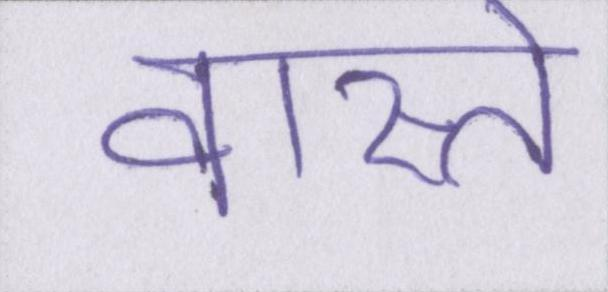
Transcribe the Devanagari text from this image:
वास्ते